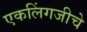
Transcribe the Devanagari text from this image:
एकलिंगजीचे